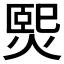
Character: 𤌇